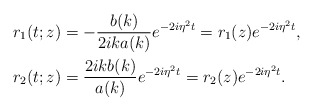
\begin{align*}&r_1(t;z)=-\frac{b(k)}{2ik a(k)}e^{-2i\eta^2 t} = r_{1 }( z)e^{-2i\eta^2 t}, \\& r_2(t;z)=\frac{2ikb(k)}{a(k)}e^{-2i\eta^2 t}= r_{2 }( z)e^{-2i\eta^2 t}. \end{align*}